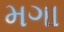
મગા